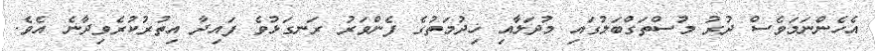
އެހެންނަމަވެސް ދުރު މުސްތަގްބަލުގައި މުދަލާއި ޚިދުމަތުގެ ފެންވަރު ރަނގަޅުވެ ފައިދާ އިތުރުކުރެވިދާނެ އެވެ.